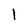
Character: l